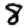
Digit: 8